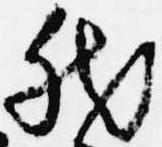
然